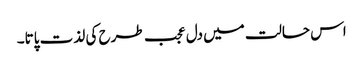
اس حالت میں دل عجب طرح کی لذت پاتا۔